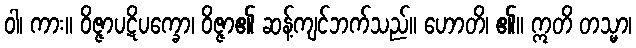
ဝါ၊ ကား။ ဝိဇ္ဇာပဋိပက္ခော၊ ဝိဇ္ဇာ၏ ဆန့်ကျင်ဘက်သည်။ ဟောတိ၊ ၏။ ဣတိ တသ္မာ၊